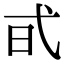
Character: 𢎃